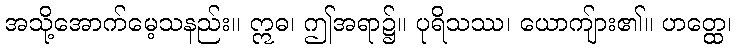
အသို့အောက်မေ့သနည်း။ ဣဓ၊ ဤအရာ၌။ ပုရိသဿ၊ ယောကျ်ား၏။ ဟတ္ထေ၊